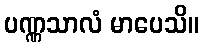
ပဏ္ဏသာလံ မာပေသိ။